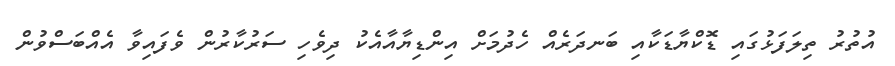
އުތުރު ތިލަފަޅުގައި ޑޮކްޔާޑަކާއި ބަނދަރެއް ހެދުމަށް އިންޑިޔާއާއެކު ދިވެހި ސަރުކާރުން ވެފައިވާ އެއްބަސްވުން